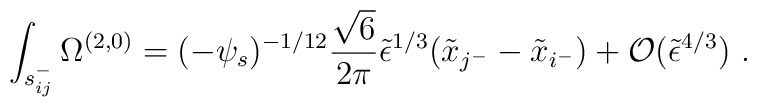
\int_{s_{ij}^-} \Omega^{(2,0)} = (-\psi_s)^{-1/12}\frac{\sqrt{6}}{2 \pi}\tilde\epsilon^{1/3}(\tilde{x}_{j^-} - \tilde{x}_{i^-}) + {\cal O}(\tilde\epsilon^{4/3})\ .